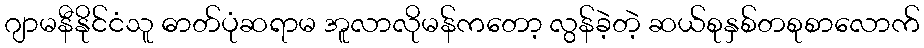
ဂျာမနီနိုင်ငံသူ ဓာတ်ပုံဆရာမ အူလာလိုမန်ကတော့ လွန်ခဲ့တဲ့ ဆယ်စုနှစ်တစုစာလောက်